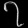
Digit: ၇